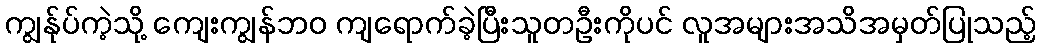
ကျွန်ုပ်ကဲ့သို့ ကျေးကျွန်ဘဝ ကျရောက်ခဲ့ပြီးသူတဦးကိုပင် လူအများအသိအမှတ်ပြုသည့်